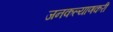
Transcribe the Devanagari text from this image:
जनकल्याणकरी